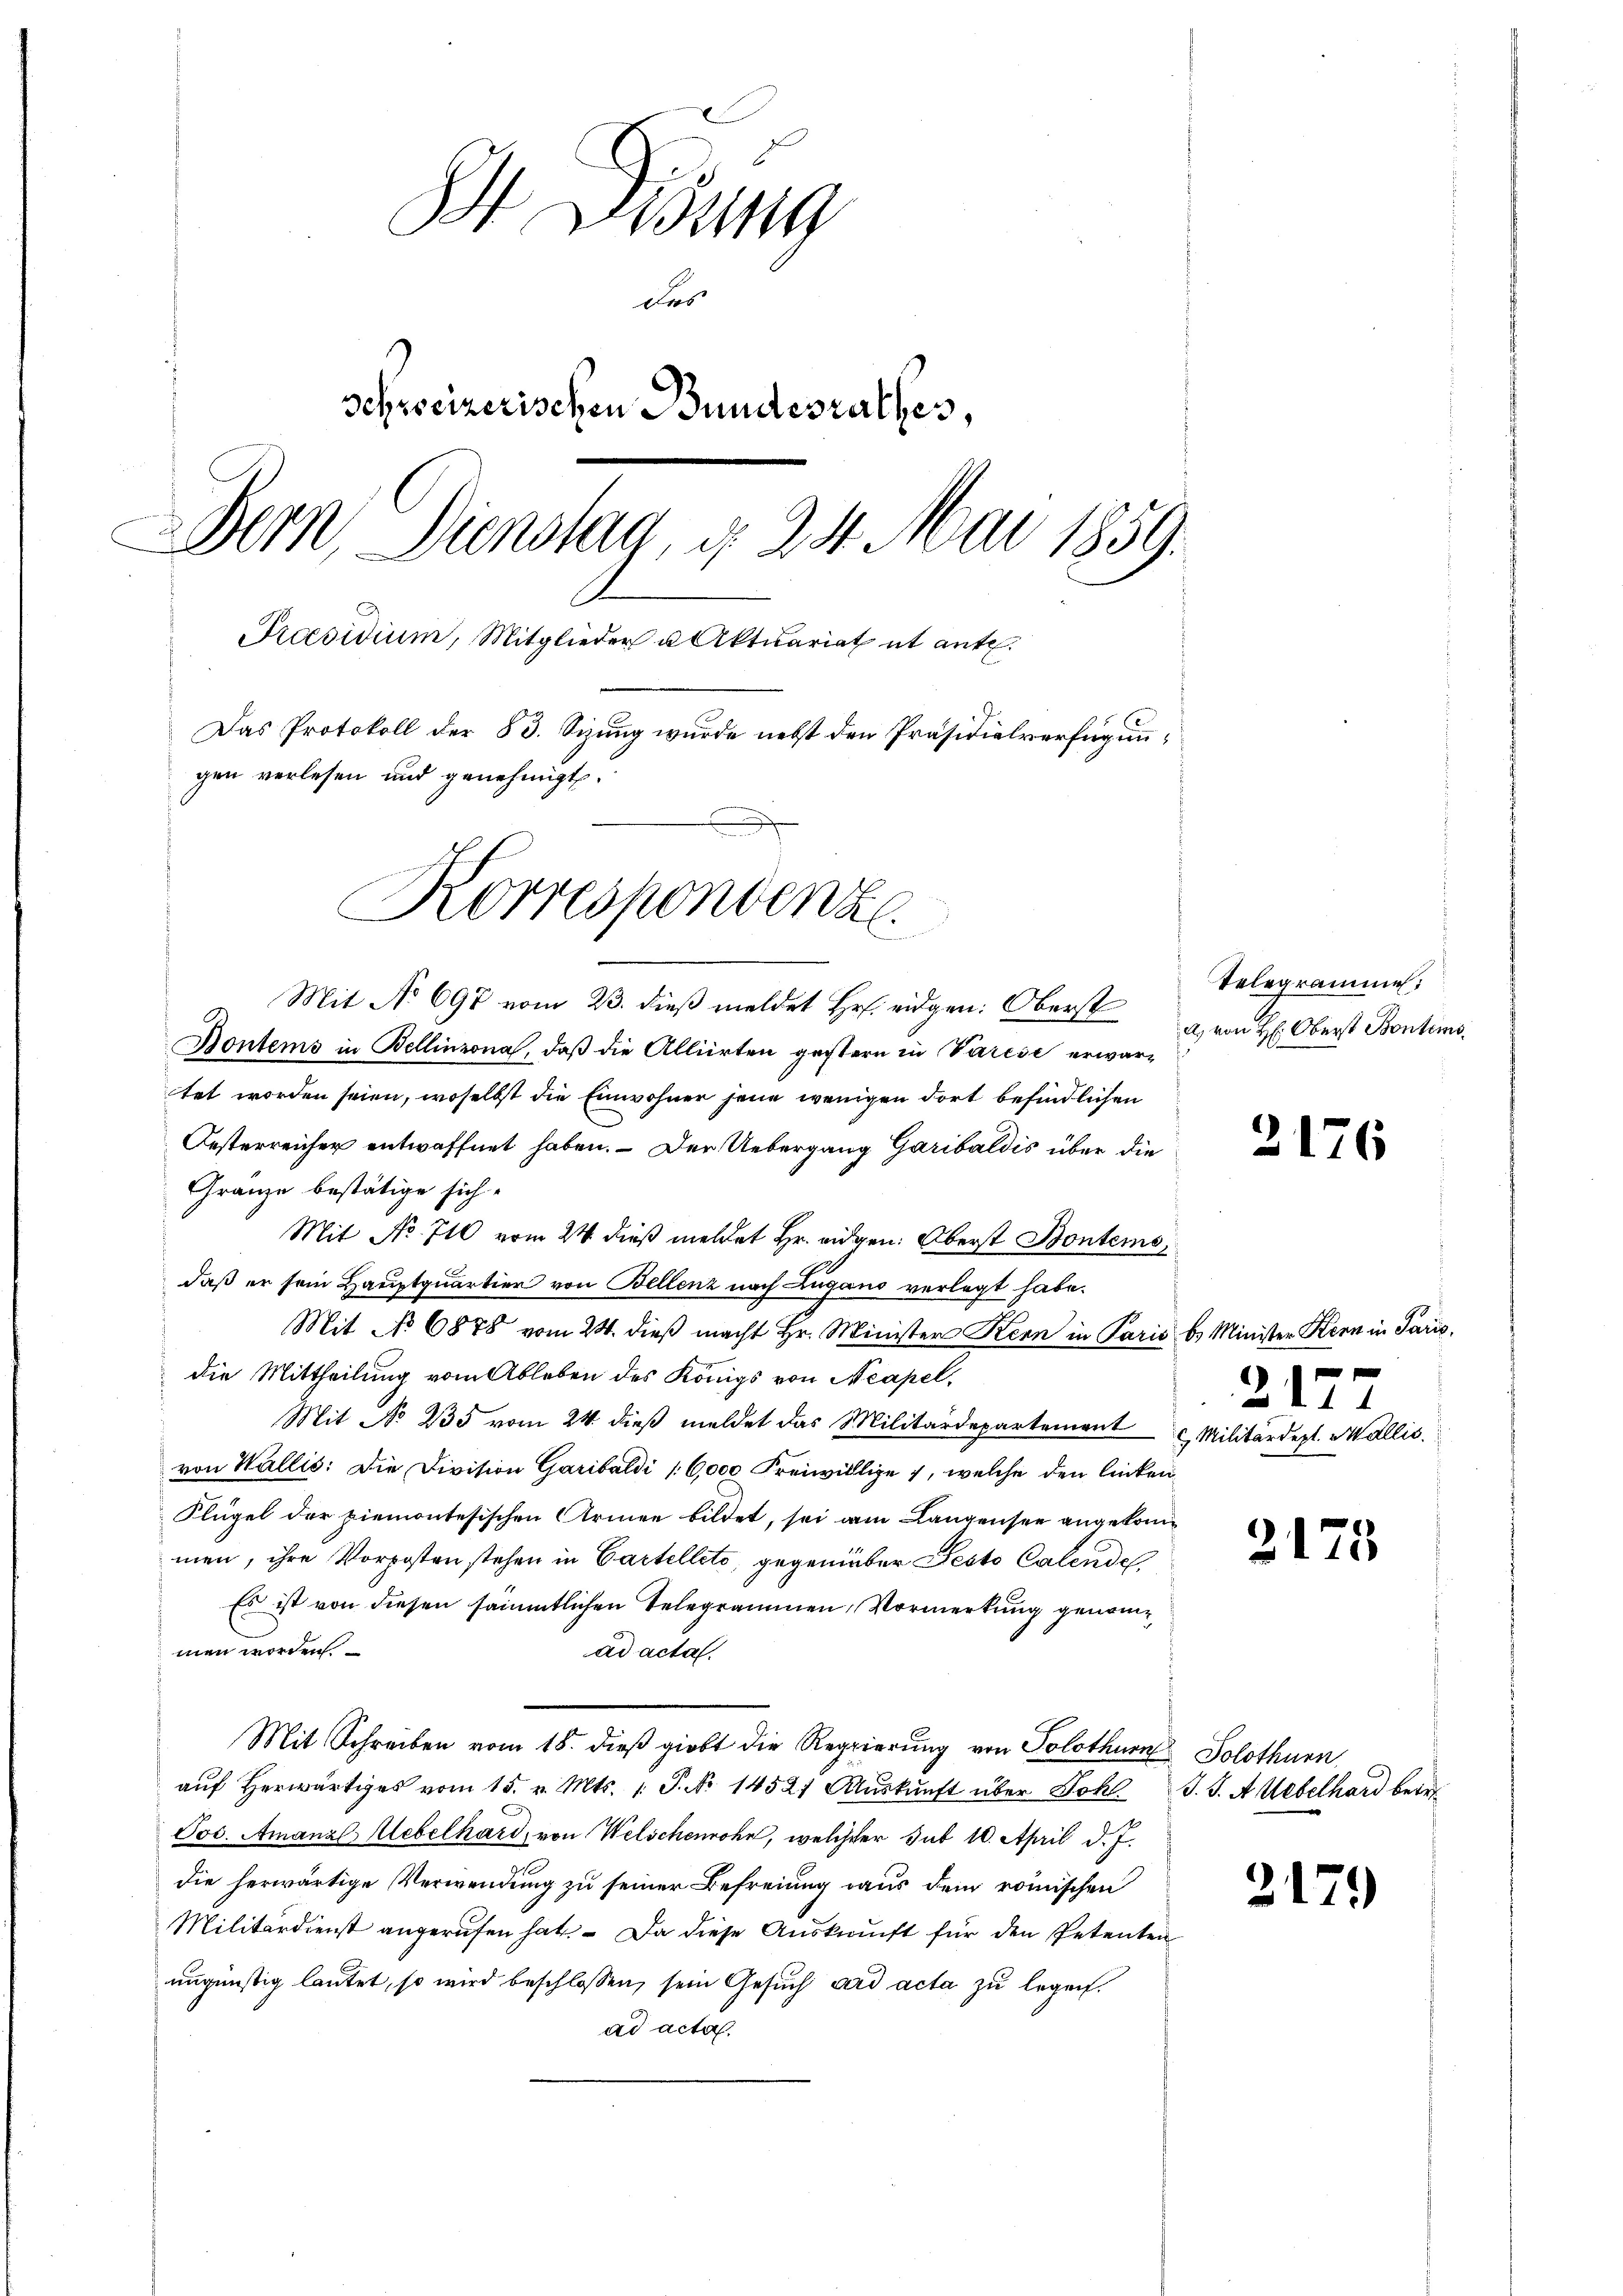
S Disung
das
schweizerischen Bundesrathes,
Bern, Dienstag, d. 24. Mai 1859.
Praesidium, Mitglieder u Aktuariat it ente.
Das Protokoll der 83. Sizung wurde nebst den Präsidialverfügungen verlesen und genehmigt.

Korrespondenze.
er
Mit No 697 vom 23. dieß meldet Hr. eidgen: Oberst
Dontems in Bellinzona, daß die Alliirten gestern in Varese erwar¬

tet worden seien, woselbst die Einwohner jene wenigen dort befindlichen
Oesterreicher entwaffnet haben. – Der Uebergang Garibaldis über die
Gränze bestätige sich
Mit No. 710 vom 24. dieß meldet Hr. eidgen. Oberst Bontems,
daß er sein Hauptquartier von Bellenz nach Zugano verlegt habe.
Mit No 6878 vom 24. dieβ macht Hr. Minister Kern in Paris b. Minister Kern in Paris,
die Mittheilung vom Ableben des Königs von Neapel,
Mit No 235 vom 24. dieß meldet das Militärdepartement Militärdept. Wallis.
von Wallis: Die Division Garibaldi 16,000 Freiwillige , welche den linken¬
Klügel der ziemontesischen Armen bildet, sei am Langensee angekommen, ihre Vorposten stehen in Cartellete, gegenüber Pesto Calende
Es ist von diesen sämmtlichen Telegrammen, Vormerkung genomme
men worden
ad acta.
Mit Schreiben vom 18. dieß giebt die Regierŭng von Solothurn Solothurn
aŭf herwärtiges vom 15. v. Mts. 1. P. Nr. 14527 Aŭskŭnft über Johl. J. J. A. Uebelhard betr
Jos. Amanz lebelhard, von Welschenrohn, welcher Sub 10. April d. J.
die herwärtige Verwendung zu seiner Befreiung aus dem römischen
Militärdienst angerufen hat. Da diese Auskunft für den Petenten
ungünstig lautet, so wird beschlossen, sein Gesuch ad acta zu legen.
ad actor.

Telegrammen.
a, von H: Oberst Bontems.

2176

2177

2175

2179